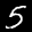
Label: 5